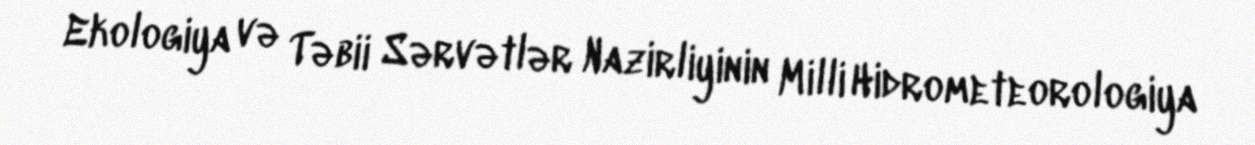
Ekologiya və Təbii Sərvətlər Nazirliyinin Milli Hidrometeorologiya